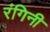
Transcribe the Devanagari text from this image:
रंगिनी